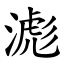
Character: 滮